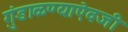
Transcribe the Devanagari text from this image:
गुंडाळण्याऐवजी